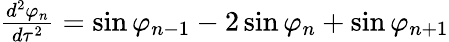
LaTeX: \begin{array}{r}{\frac{d^{2}\varphi_{n}}{d\tau^{2}}=\sin\varphi_{n-1}-2\sin\varphi_{n}+\sin\varphi_{n+1}}\end{array}